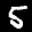
Label: 5